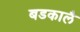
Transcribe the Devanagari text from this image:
बडकालै